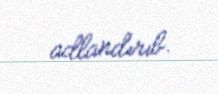
adlandırıb.